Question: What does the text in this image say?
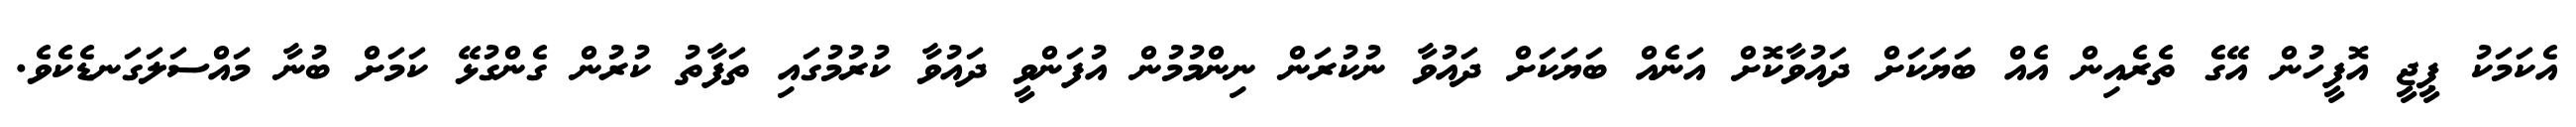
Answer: އެކަމަކު ޕީޖީ އޮފީހުން އޭގެ ތެރެއިން އެއް ބަޔަކަށް ދައުވާކޮށް އަނެއް ބަޔަކަށް ދައުވާ ނުކުރަން ނިންމުމުން އުފަންވީ ދައުވާ ކުރުމުގައި ތަފާތު ކުރުން ގެންގުޅޭ ކަމަށް ބުނާ މައްސަލަގަނޑެކެވެ.